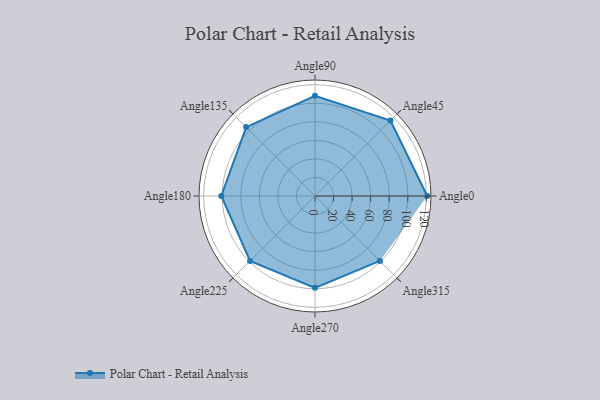
{"axis": {"x": "Angle", "y": "Radius"}, "legend": [""], "data": [{"x": "Angle0", "y": 121.0, "type": ""}, {"x": "Angle45", "y": 115.0, "type": ""}, {"x": "Angle90", "y": 108.0, "type": ""}, {"x": "Angle135", "y": 105.0, "type": ""}, {"x": "Angle180", "y": 101.0, "type": ""}, {"x": "Angle225", "y": 99.0, "type": ""}, {"x": "Angle270", "y": 99.0, "type": ""}, {"x": "Angle315", "y": 99.0, "type": ""}]}